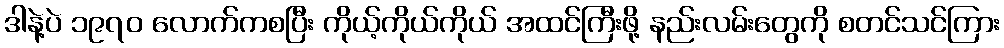
ဒါနဲ့ပဲ ၁၉၇၀ လောက်ကစပြီး ကိုယ့်ကိုယ်ကိုယ် အထင်ကြီးဖို့ နည်းလမ်းတွေကို စတင်သင်ကြား